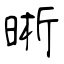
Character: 晰